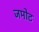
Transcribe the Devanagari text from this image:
जमोट